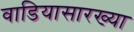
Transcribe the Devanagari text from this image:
वाडियासारख्या